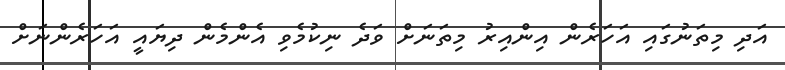
އަދި މިތަނުގައި އަހަރެން އިންއިރު މިތަނަށް ވަދެ ނިކުމެވި އެންމެން ދިޔައީ އަހަރެންނަށް